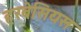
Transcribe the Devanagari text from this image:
हरबेसियस